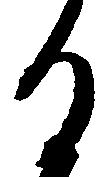
る